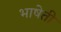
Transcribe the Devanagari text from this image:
भाषेती